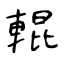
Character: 輥